Report on the working of the Ranchi Indian Mental Hospital, Kanke, in Bihar and Orissa - 1930-1940
Year: 1930
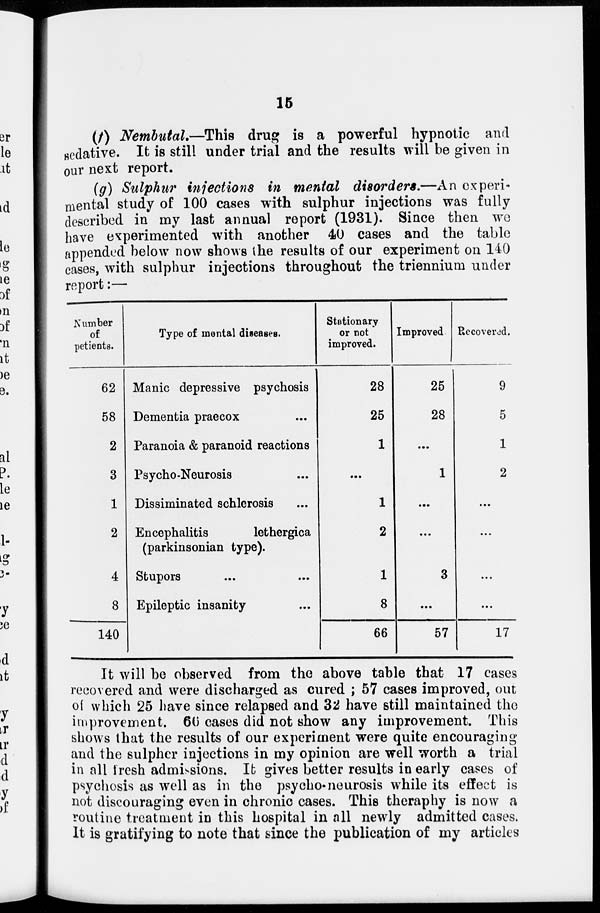
15
(f) Nembutal.—This drug is a powerful hypnotic and
sedative. It is still under trial and the results will be given in
our next report.
(g) Sulphur injections in mental disorders.—An experi-
mental study of 100 cases with sulphur injections was fully
described in my last annual report (1931). Since then we
have experimented with another 40 cases and the table
appended below now shows the results of our experiment on 140
cases, with sulphur injections throughout the triennium under
report:—
Number
of
petients.
62
58
2
3
1
2
4
8
140
Type of mental diseases.
Manic depressive psychosis
Dementia praecox
Paranoia & paranoid reactions
Psycho-Neurosis
Dissiminated schlerosis
Encephalitis
lethergica
(parkinsonian type).
Stupors
Epileptic insanity
Stationary
or not
improved.
28
25
1
...
1
2
1
8
66
Improved
25
28
...
1
...
...
3
...
57
Recovered.
9
5
1
2
...
...
...
...
17
It will be observed from the above table that 17 cases
recovered and were discharged as cured ; 57 cases improved, out
of which 25 have since relapsed and 32 have still maintained the
improvement. 66 cases did not show any improvement. This
shows that the results of our experiment were quite encouraging
and the sulpher injections in my opinion are well worth a trial
in all fresh admissions. It gives better results in early cases of
psychosis as well as in the psycho-neurosis while its effect is
not discouraging even in chronic cases. This theraphy is now a
routine treatment in this hospital in all newly admitted cases.
It is gratifying to note that since the publication of my articles